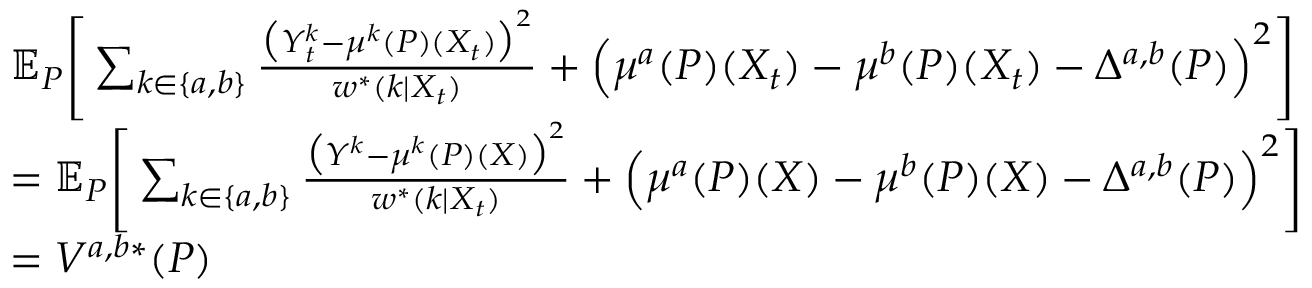
\begin{array} { r l } & { \mathbb { E } _ { P } \Bigg [ \sum _ { k \in \{ a , b \} } \frac { \big ( Y _ { t } ^ { k } - \mu ^ { k } ( P ) ( X _ { t } ) \big ) ^ { 2 } } { w ^ { * } ( k | X _ { t } ) } + \Big ( \mu ^ { a } ( P ) ( X _ { t } ) - \mu ^ { b } ( P ) ( X _ { t } ) - \Delta ^ { a , b } ( P ) \Big ) ^ { 2 } \Bigg ] } \\ & { = \mathbb { E } _ { P } \Bigg [ \sum _ { k \in \{ a , b \} } \frac { \big ( Y ^ { k } - \mu ^ { k } ( P ) ( X ) \big ) ^ { 2 } } { w ^ { * } ( k | X _ { t } ) } + \Big ( \mu ^ { a } ( P ) ( X ) - \mu ^ { b } ( P ) ( X ) - \Delta ^ { a , b } ( P ) \Big ) ^ { 2 } \Bigg ] } \\ & { = V ^ { a , b * } ( P ) } \end{array}